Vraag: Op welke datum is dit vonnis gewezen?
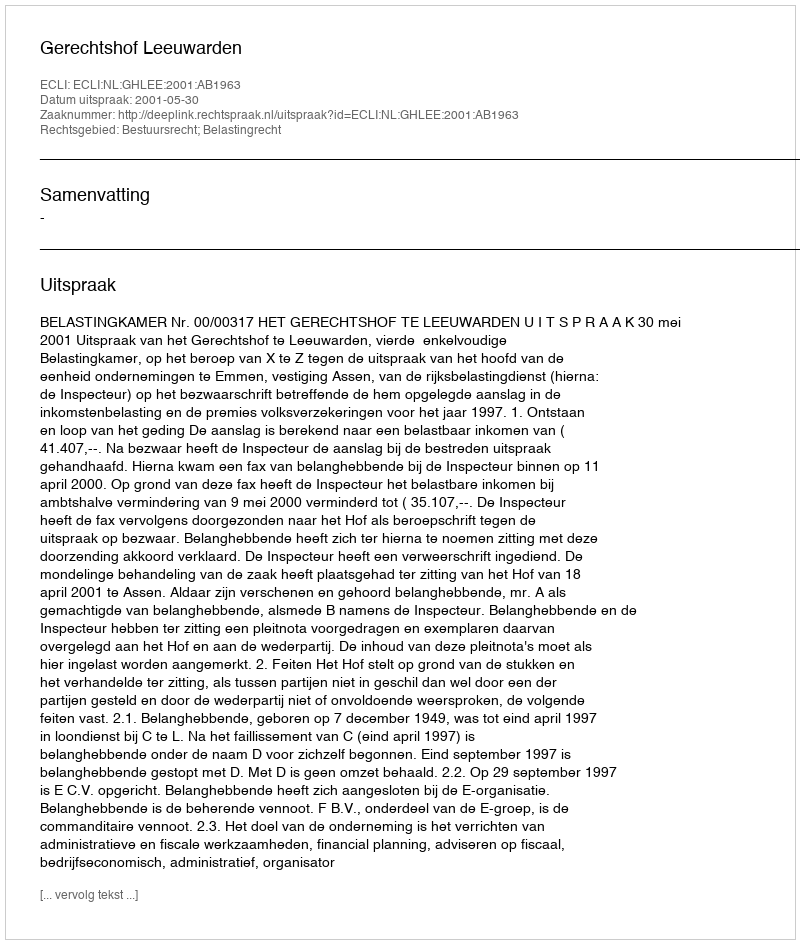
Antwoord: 2001-05-30